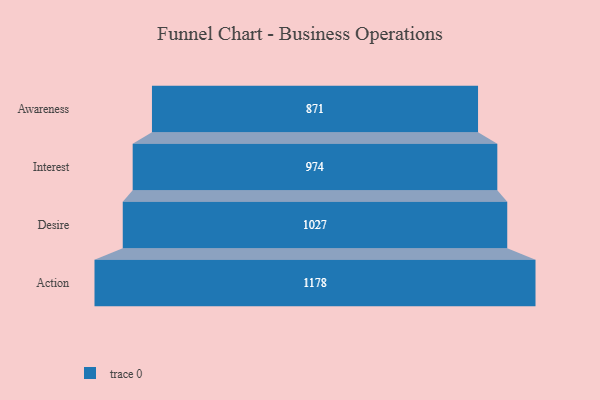
{"axis": {"x": "Stage", "y": "Value"}, "legend": [""], "data": [{"x": "Awareness", "y": 871.0, "type": ""}, {"x": "Interest", "y": 974.0, "type": ""}, {"x": "Desire", "y": 1027.0, "type": ""}, {"x": "Action", "y": 1178.0, "type": ""}]}